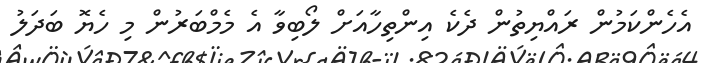
އެހެންކަމުން ރައްޔިތުން ދެކެ އިންތިހާއަށް ލޯބިވާ އެ މެމްބަރުން މި ހެޔޮ ބަދަލު